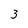
Character: 3